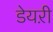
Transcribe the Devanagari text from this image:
डेयऱी